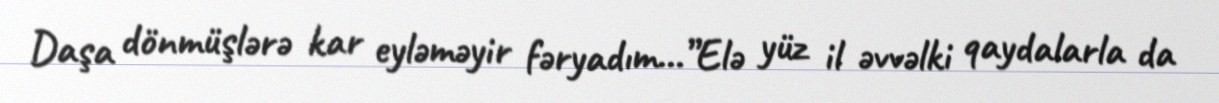
Daşa dönmüşlərə kar eyləməyir fəryadım...”Elə yüz il əvvəlki qaydalarla da